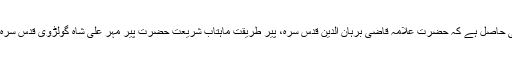
آپ کے خاندان کو یہ شرف بھی حاصل ہے کہ حضرت علامہ قاضی برہان الدین قدس سرہ، پیرِ طریقت ماہتابِ شریعت حضرت پیر مہر علی شاہ گولڑوی قدس سرہ کے مشفق استاذ و مربی تھے۔